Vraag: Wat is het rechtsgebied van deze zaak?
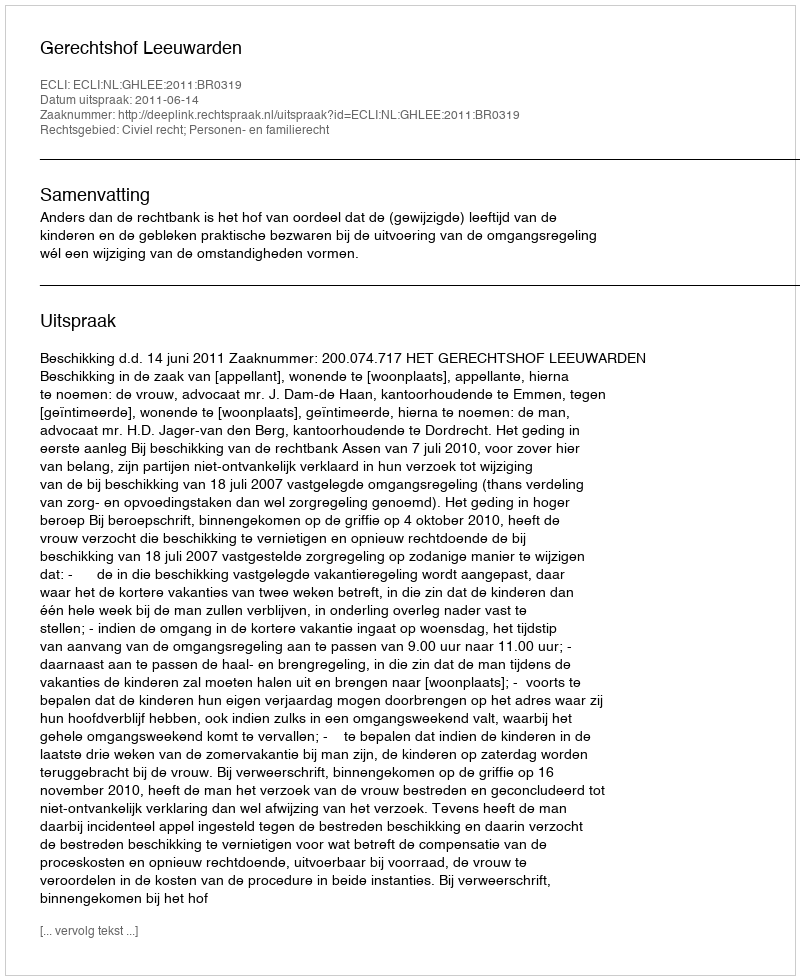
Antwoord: Civiel recht; Personen- en familierecht